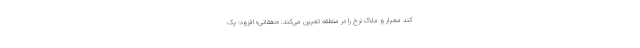
کند معیار و ملاک نرخ را در منطقه تعیین می‌کند. «دهقانی» افزود: یک